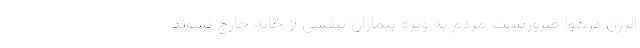
آلرژن درهوا ضروریست مردم به ویژه بیماران تنفسی از خانه خارج نشوند